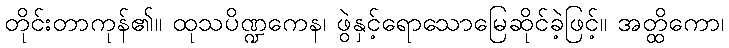
တိုင်းတာကုန်၏။ ထုသပိဏ္ဍကေန၊ ဖွဲနှင့်ရောသောမြေဆိုင်ခဲ့ဖြင့်။ အတ္ထိကော၊